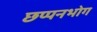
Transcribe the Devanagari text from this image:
छप्पनभोग